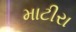
માટીરા